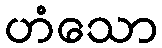
ဟံသော